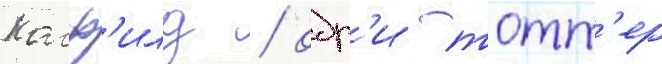
колф'илд / одр'и тотт'ер